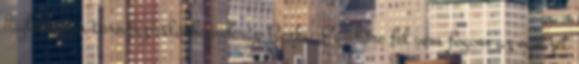
hajléktalan tornász-világbajnokság Berki: Egyelőre fel sem fogom az egészet